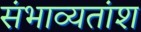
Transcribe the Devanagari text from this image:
संभाव्यतांश